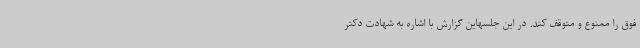
فوق را ممنوع و متوقف کند. در این جلسهاین گزارش با اشاره به شهادت دکتر